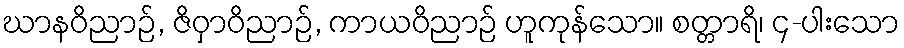
ဃာနဝိညာဉ်, ဇိဝှာဝိညာဉ်, ကာယဝိညာဉ် ဟူကုန်သော။ စတ္တာရိ၊ ၄-ပါးသော